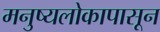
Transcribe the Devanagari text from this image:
मनुष्यलोकापासून